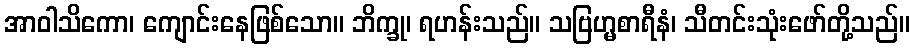
အာဝါသိကော၊ ကျောင်းနေဖြစ်သော။ ဘိက္ခု၊ ရဟန်းသည်။ သဗြဟ္မစာရီနံ၊ သီတင်းသုံးဖော်တို့သည်။